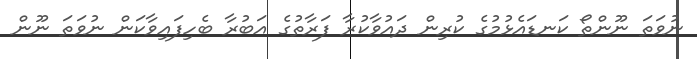
ނުވަތަ ނޫންތޯ ކަނޑައެޅުމުގެ ކުރިން ދައުވާކުރާ ފަރާތުގެ އަބުރާ ބެހިފައިވާކަން ނުވަތަ ނޫން